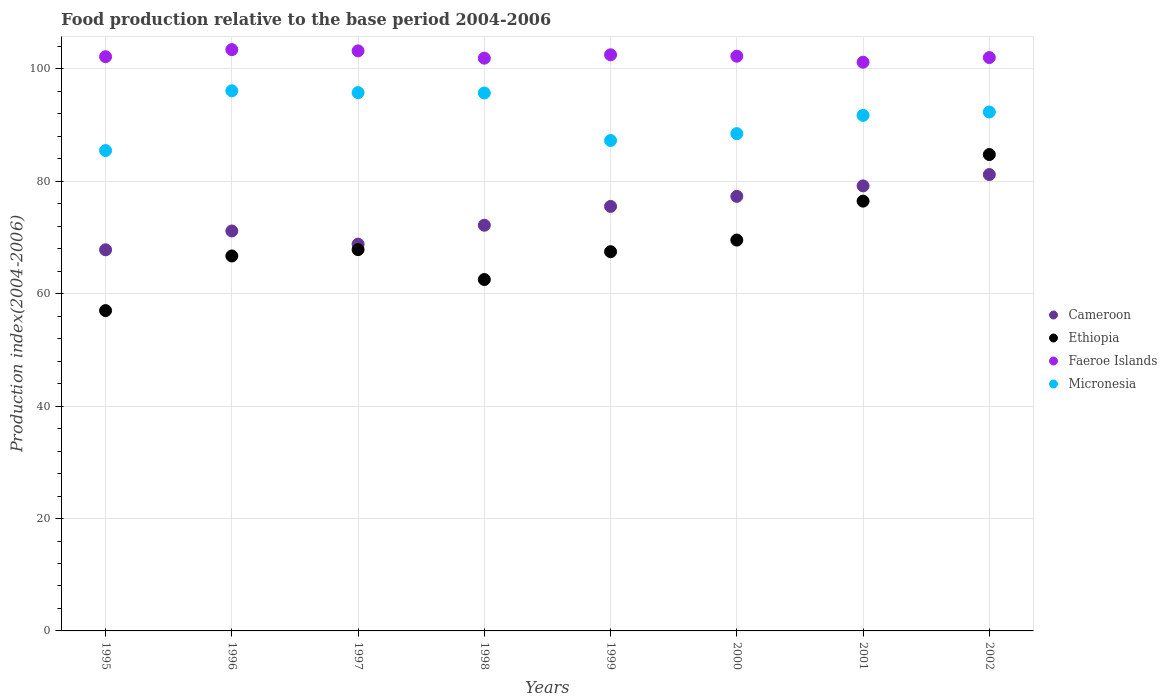
| Years | Cameroon | Ethiopia | Faeroe Islands | Micronesia |
 | --- | --- | --- | --- | --- |
 | 1995 | 67.8 | 57 | 102 | 85.5 |
 | 1996 | 71.2 | 66.7 | 103 | 96.1 |
 | 1997 | 68.8 | 67.8 | 103 | 95.8 |
 | 1998 | 72.2 | 62.5 | 102 | 95.7 |
 | 1999 | 75.5 | 67.5 | 103 | 87.3 |
 | 2000 | 77.3 | 69.5 | 102 | 88.5 |
 | 2001 | 79.2 | 76.5 | 101 | 91.7 |
 | 2002 | 81.2 | 84.8 | 102 | 92.3 |